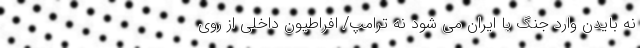
نه بایدن وارد جنگ با ایران می شود نه ترامپ/ افراطیون داخلی از روی